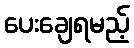
ပေးချေရမည့်